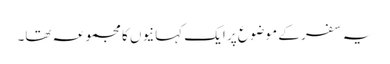
یہ سفر کے موضوع پر ایک کہانیوں کا مجموعہ تھا۔